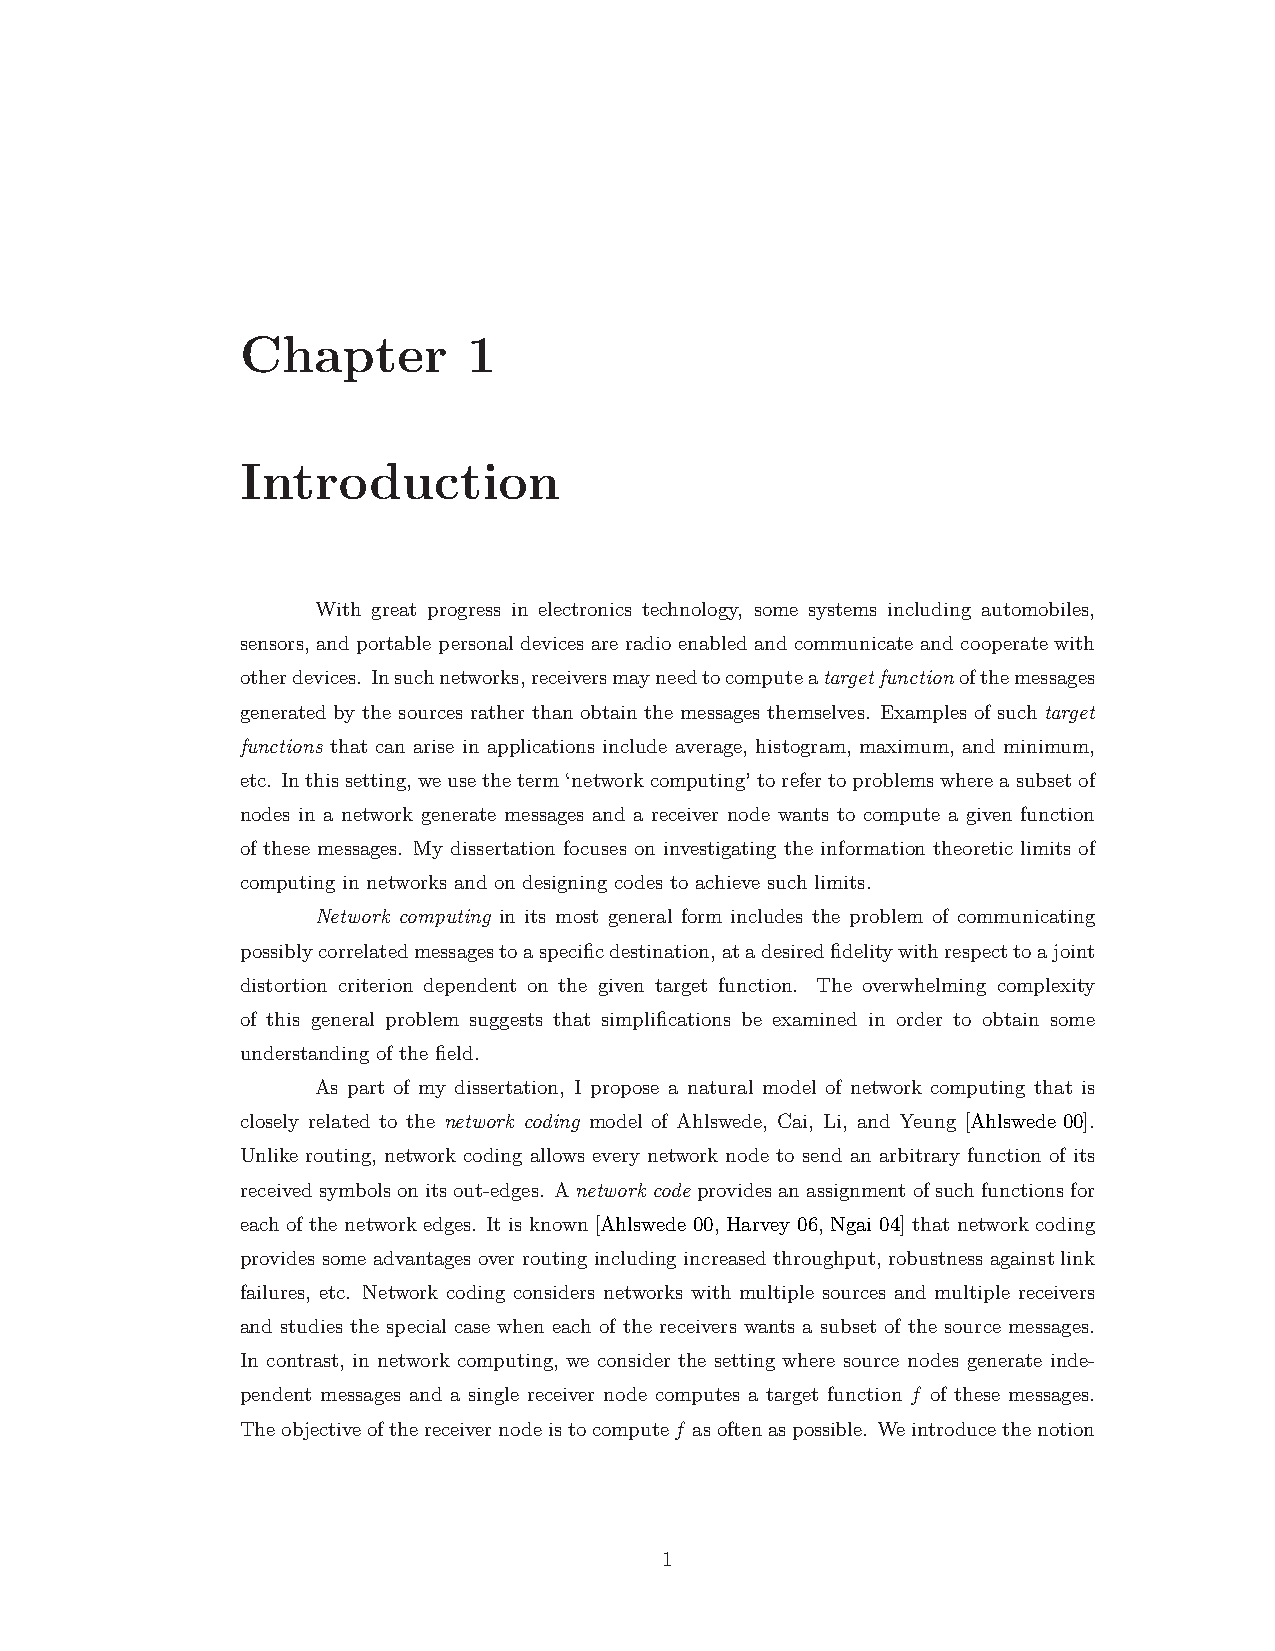
Chapter        1
 Introduction
 With great progress in electronics technology, some systems including automobiles,
 sensors, and portable personal devices are radio enabled and communicate and cooperate with
 otherdevices. Insuchnetworks,receiversmayneedtocomputeatargetfunctionofthemessages
 generated by the sources rather than obtain the messages themselves. Examples of such target
 functions that can arise in applications include average, histogram, maximum, and minimum,
 etc. Inthissetting,weusetheterm‘networkcomputing’torefertoproblemswhereasubsetof
 nodes in a network generate messages and a receiver node wants to compute a given function
 of these messages. My dissertation focuses on investigating the information theoretic limits of
 computing in networks and on designing codes to achieve such limits.
 Network computing in its most general form includes the problem of communicating
 possiblycorrelatedmessagestoaspecificdestination,atadesiredfidelitywithrespecttoajoint
 distortion criterion dependent on the given target function. The overwhelming complexity
 of this general problem suggests that simplifications be examined in order to obtain some
 understanding of the field.
 As part of my dissertation, I propose a natural model of network computing that is
 closely related to the network coding model of Ahlswede, Cai, Li, and Yeung [Ahlswede 00].
 Unlike routing, network coding allows every network node to send an arbitrary function of its
 receivedsymbolsonitsout-edges. Anetwork codeprovidesanassignmentofsuchfunctionsfor
 each of the network edges. It is known [Ahlswede 00, Harvey 06, Ngai 04] that network coding
 provides some advantages over routing including increased throughput, robustness against link
 failures, etc. Network coding considers networks with multiple sources and multiple receivers
 and studies the special case when each of the receivers wants a subset of the source messages.
 In contrast, in network computing, we consider the setting where source nodes generate inde-
 pendent messages and a single receiver node computes a target function f of these messages.
 Theobjectiveofthereceivernodeistocomputef asoftenaspossible. Weintroducethenotion
 1